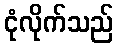
ငုံလိုက်သည်